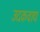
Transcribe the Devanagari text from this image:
उदकवाद्य